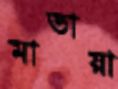
মাতায়া